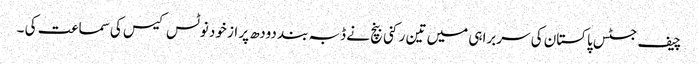
چیف جسٹس پاکستان کی سربراہی میں تین رکنی بنچ نے ڈبہ بند دودھ پر از خود نوٹس کیس کی سماعت کی ۔